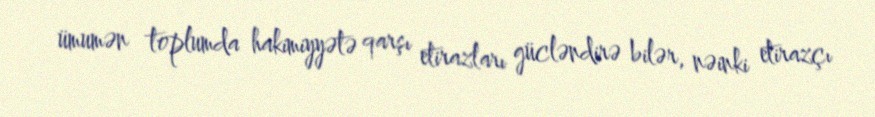
ümumən toplumda hakimiyyətə qarşı etirazları gücləndirə bilər, nəinki etirazçı